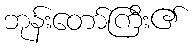
ဘုန်းတော်ကြီး၏